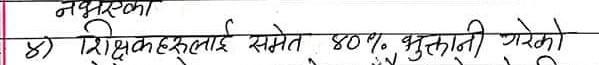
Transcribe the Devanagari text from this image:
नभरिएको
४) शिक्षकहरूलाई समेत ४०% भुक्तानी गरेको